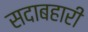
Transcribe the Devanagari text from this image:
सदाबहारी